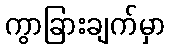
ကွာခြားချက်မှာ